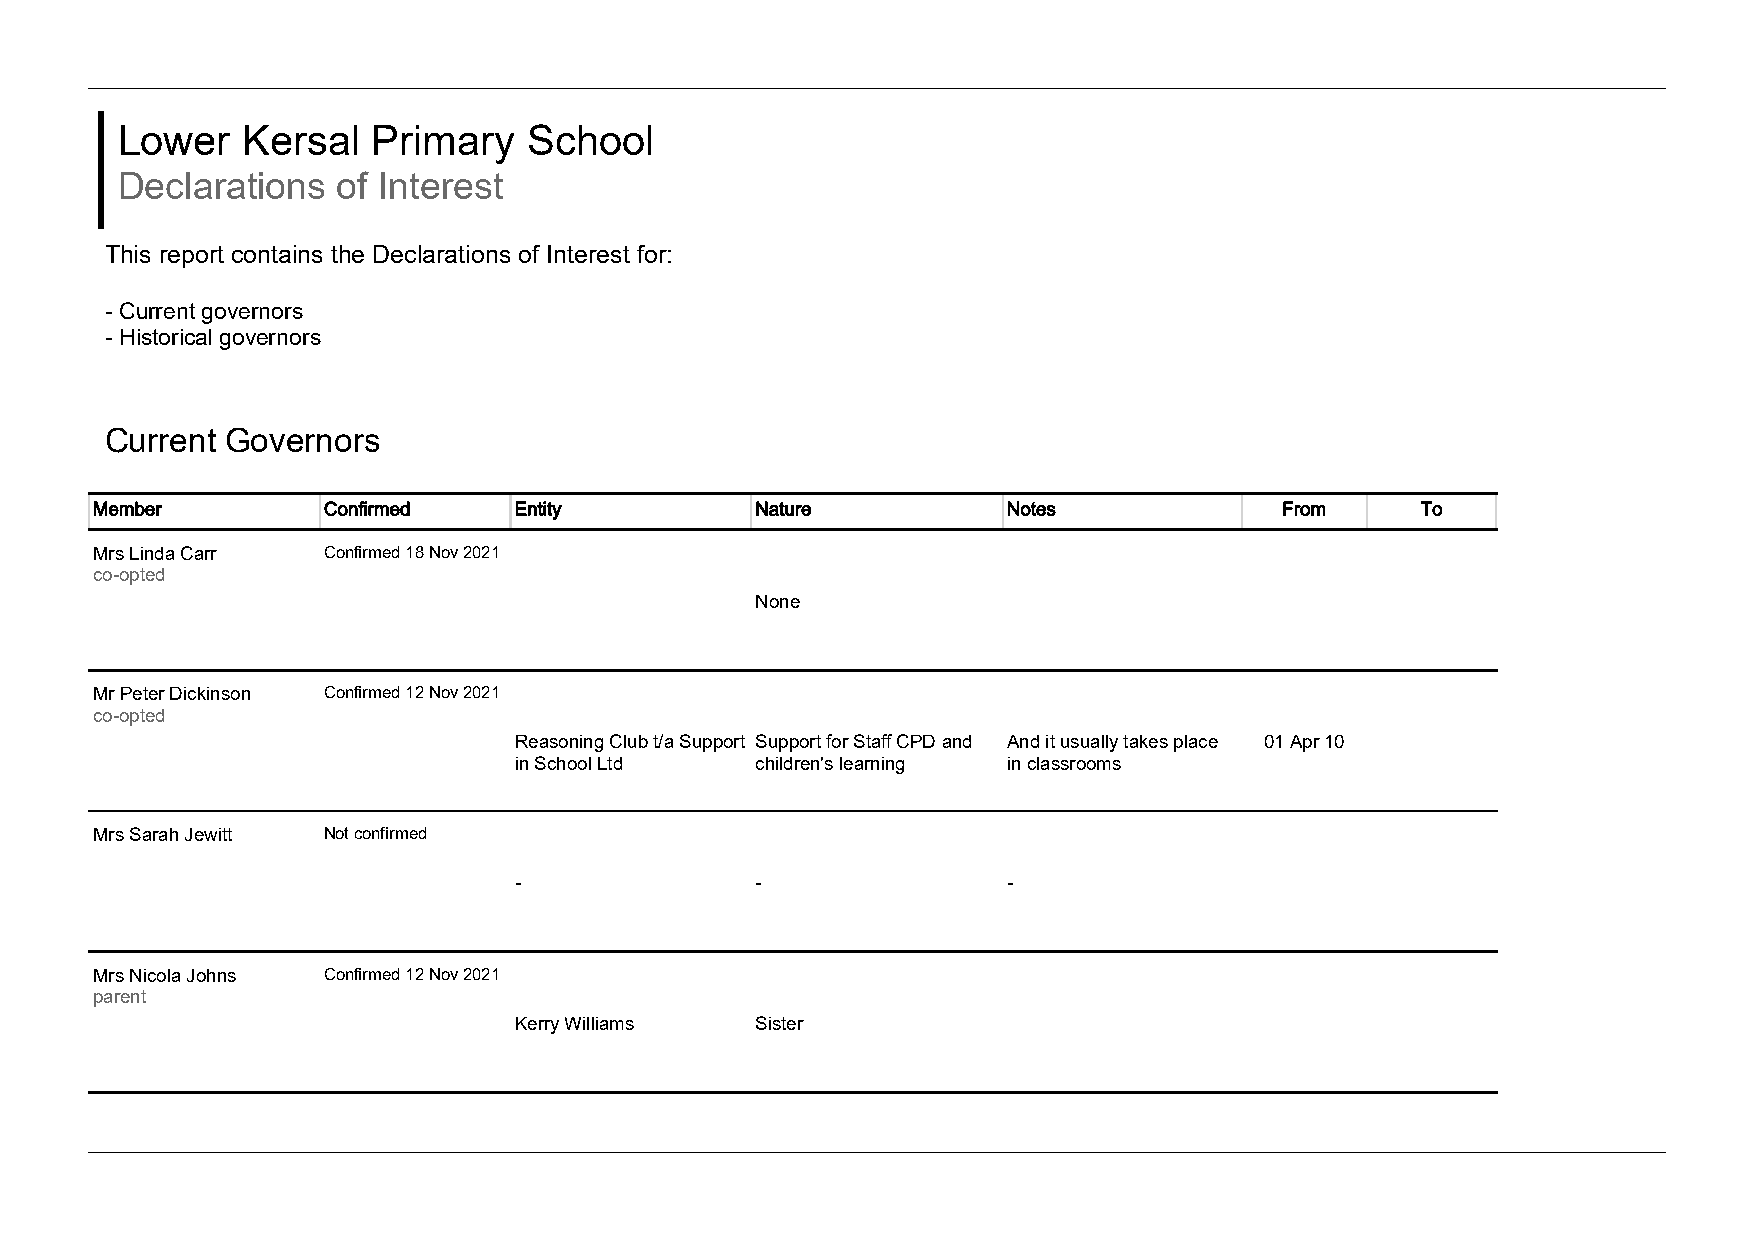
Lower   Kersal   Primary   School
 Declarations  of Interest
 This report contains the Declarations of Interest for:
 - Current governors
 - Historical governors
 Current Governors
 Member         Confirmed    Entity          Nature           Notes             From     To
 Mrs Linda Carr Confirmed 18 Nov 2021
 co-opted
 None
 Mr Peter Dickinson Confirmed 12 Nov 2021
 co-opted
 Reasoning Club t/a Support Support for Staff CPD and And it usually takes place 01 Apr 10
 in School Ltd   children's learning in classrooms
 Mrs Sarah Jewitt Not confirmed
 -               -                -
 Mrs Nicola Johns Confirmed 12 Nov 2021
 parent
 Kerry Williams  Sister